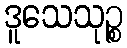
ဒူသေသုဉ္စ